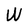
Character: W